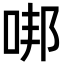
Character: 𠳐